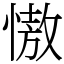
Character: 慠